kultuurilooline_kollektsioon, lk 4
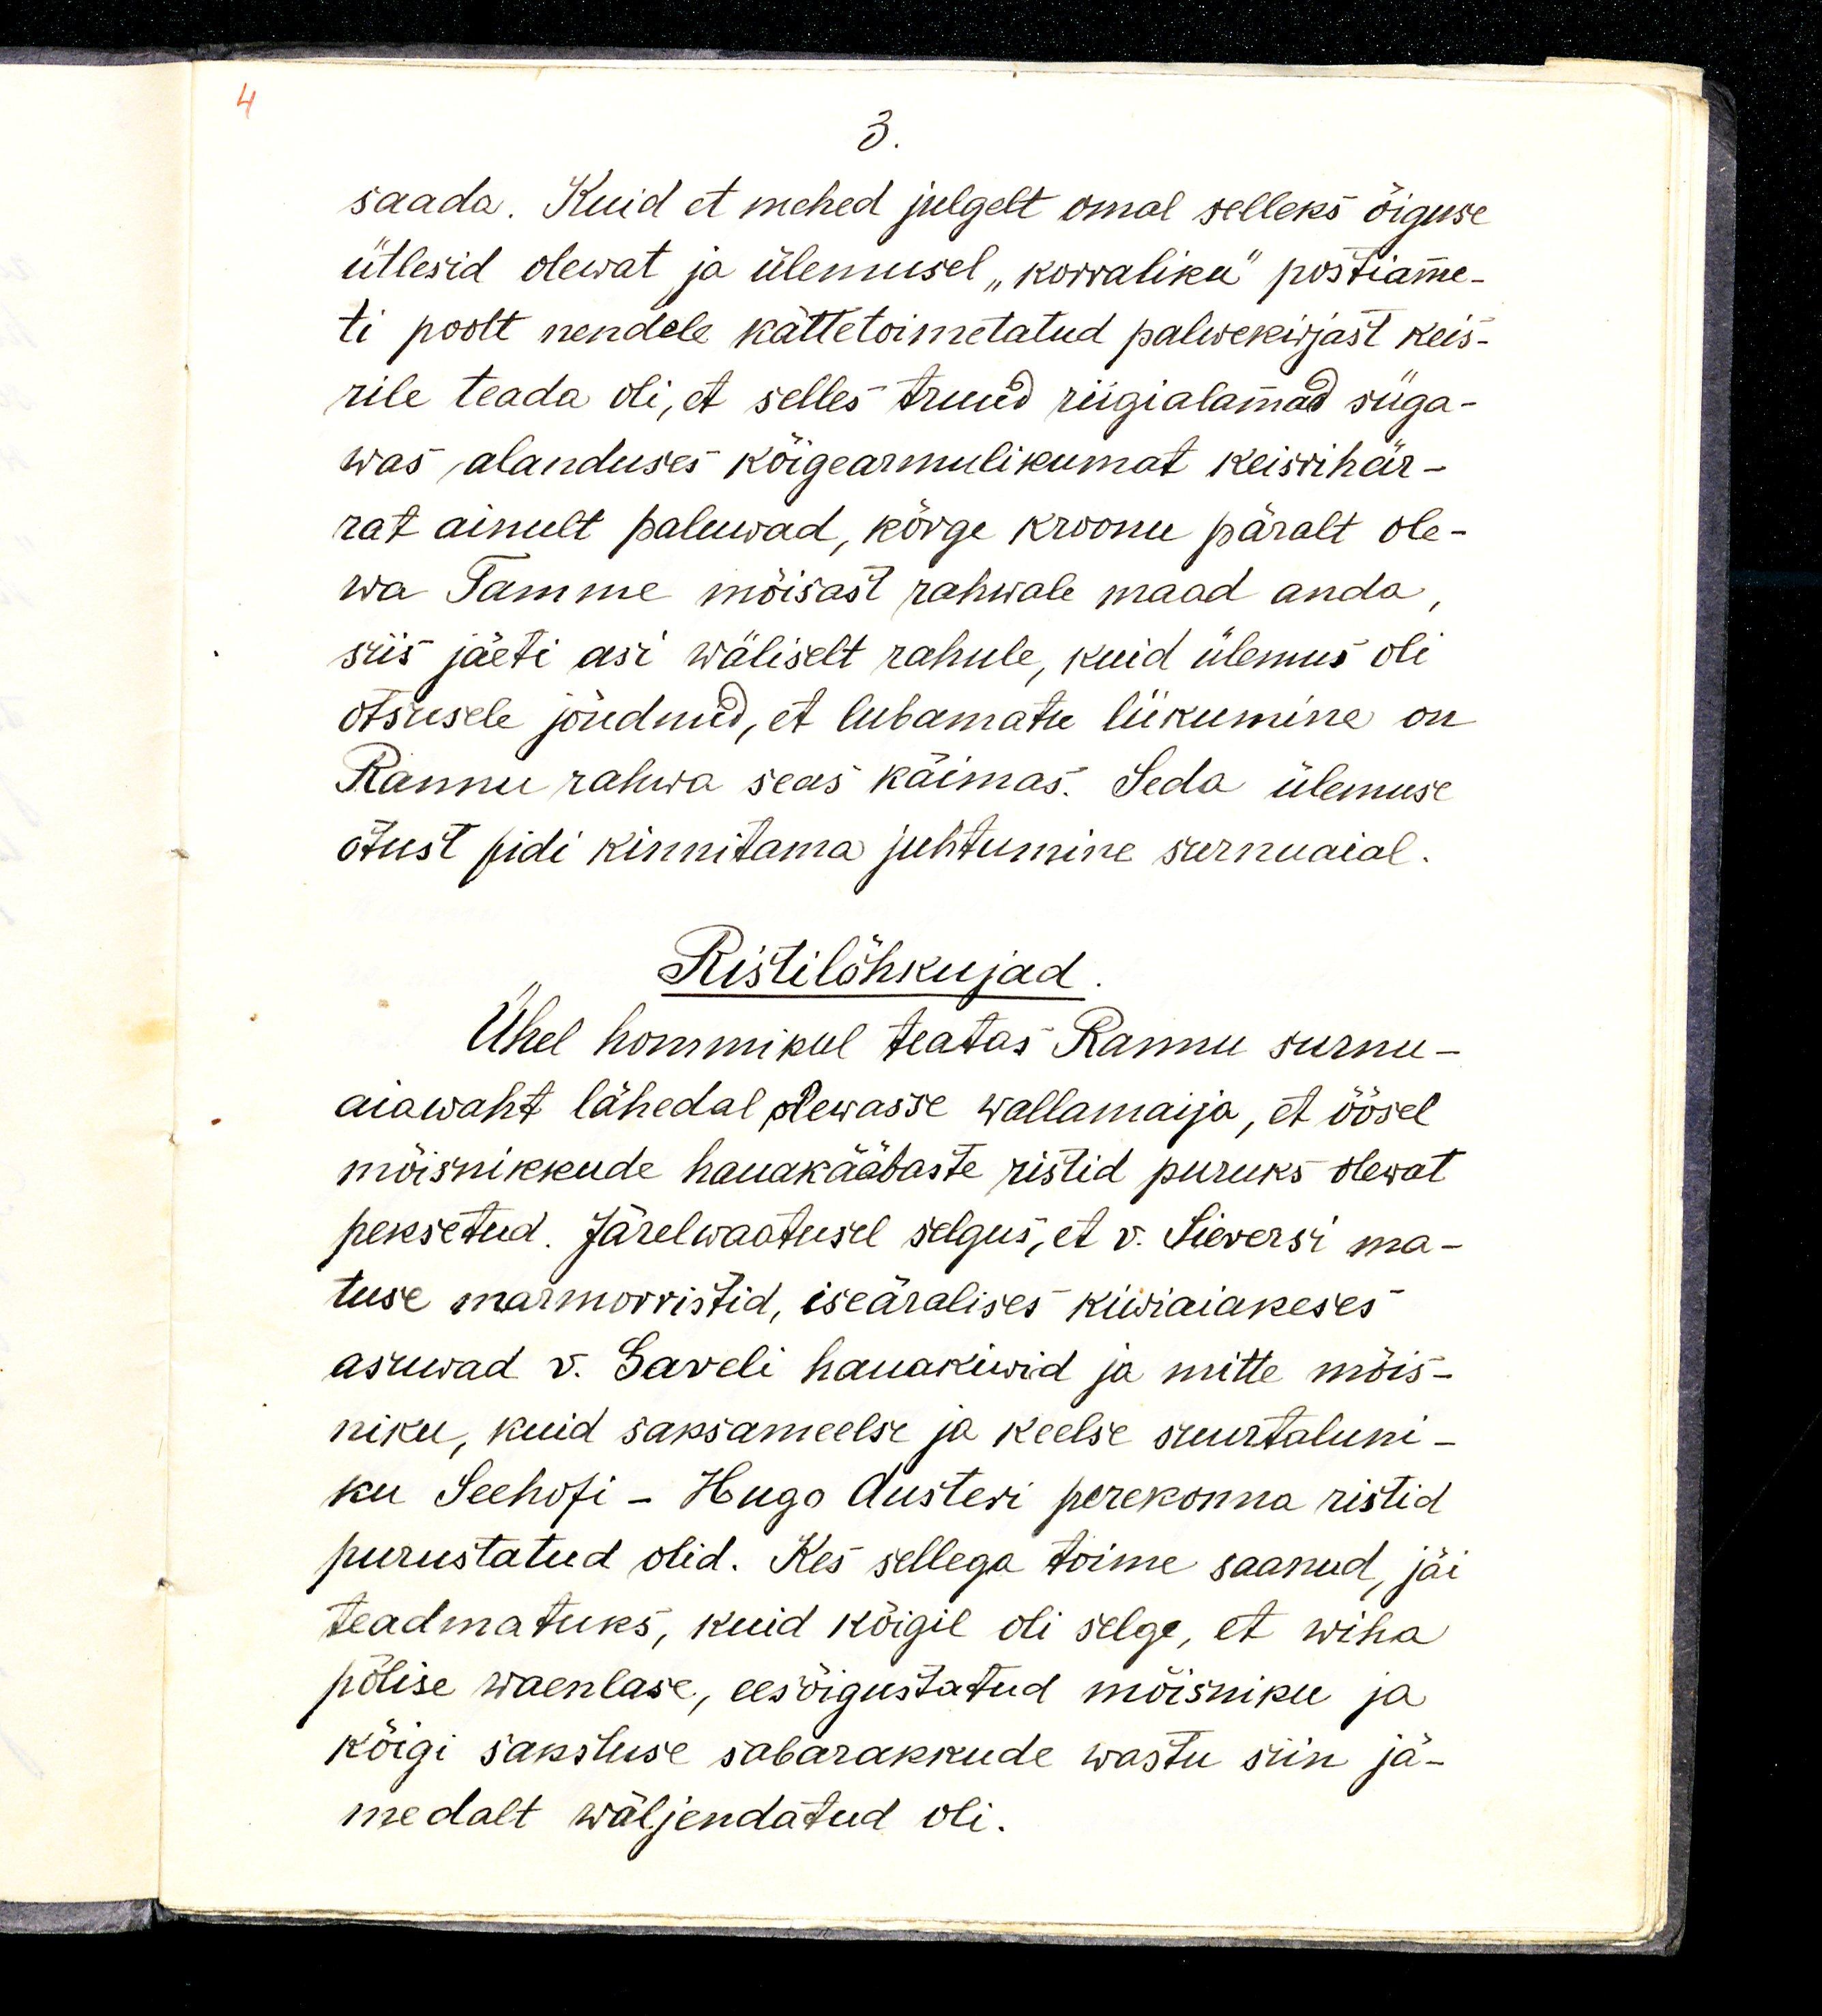
3.
saada. Kuid et mehed julgelt omal selleks õiguse
ütlesid olewat ja ülemusel „korraliku“ postiame-
ti poolt nendele kättetoimetatud palwekirjast keis-
rile teada oli, et selles truud riigialamad süga-
was alanduses kõigearmulikumat keisrihär-
rat ainult paluwad, kõrge kroonu päralt ole-
wa Tamme mõisast rahwale maad anda,
siis jäeti asi wäliselt rahule, kuid ülemus oli
otsusele jõudnud, et lubamatu liikumine on
Rannu rahwa seas käimas. Seda ülemuse 
otsust pidi kinnitama juhtumine surnuaial.
Ristilõhkujad
Ühel hommikul teatas Rannu surnu- 
aiawaht lähedal olewasse wallamajja, et öösel
mõisnikkude hauakääbaste ristid puruks olevat
peksetud. Järelwaatusel selgus, et v. Sievers'i ma-
tuse marmorristid, iseäralises kiwiaiakeses
asuwad v. Saveli hauakiwid ja mitte mõis-
niku, kuid saksameelse ja keelse suurtaluni-
ku Seehofi-  Hugo Austeri perekonna ristid
purustatud olid. Kes sellega toime saanud, jäi
teadmatuks, kuid kõigil oli selge, et wiha
põlise waenlase, eesõigustatud mõisniku ja
kõigi sakstuse sabarakkude wastu siin jä-
medalt wäljendatud oli.